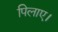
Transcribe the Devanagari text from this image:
पिलाए।